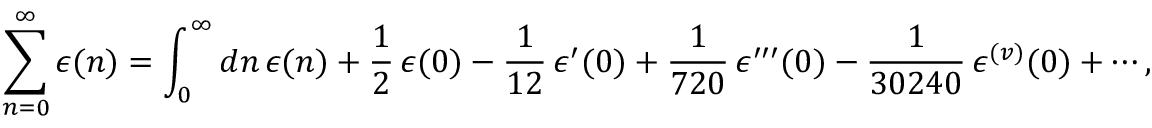
\sum _ { n = 0 } ^ { \infty } \epsilon ( n ) = \int _ { 0 } ^ { \infty } { d n } \, \epsilon ( n ) + { \frac { 1 } { 2 } } \, \epsilon ( 0 ) - { \frac { 1 } { 1 2 } } \, \epsilon ^ { \prime } ( 0 ) + { \frac { 1 } { 7 2 0 } } \, \epsilon ^ { \prime \prime \prime } ( 0 ) - { \frac { 1 } { 3 0 2 4 0 } } \, \epsilon ^ { ( v ) } ( 0 ) + \cdots ,